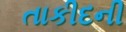
તાકીદની